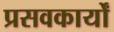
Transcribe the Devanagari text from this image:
प्रसवकार्यों